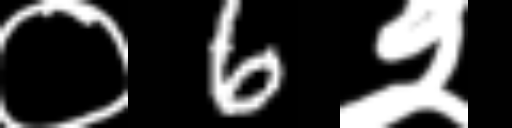
Text: ०6२